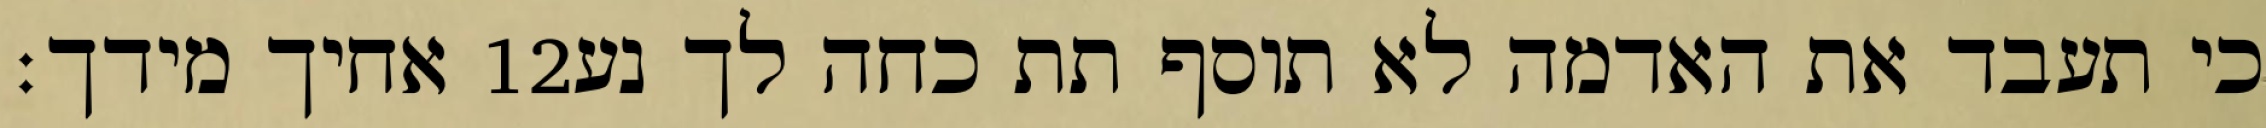
אחיך מידך׃ ‎12‏ כי תעבד את האדמה לא תוסף תת כחה לך נע